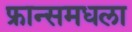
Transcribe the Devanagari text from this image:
फ्रान्समधला